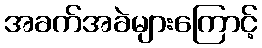
အခက်အခဲများကြောင့်